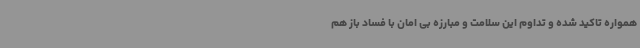
همواره تاکید شده و تداوم این سلامت و مبارزه بی امان با فساد باز هم